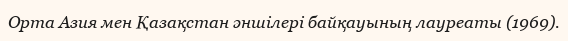
Орта Азия мен Қазақстан әншілері байқауының лауреаты (1969).